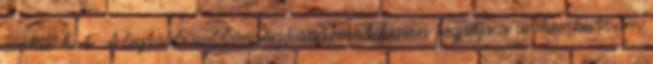
cookie-kat. A legtöbb webböngésző automatikusan fogadja a cookie-kat, ám